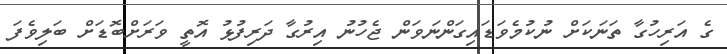
ގެ އަރިހުގާ ތަނަކަށް ނުކުމެވަޑައިގަންނަވަން ޖެހުނު އިރުގާ ދަރިފުޅު އޮތީ ވަރަށްބޮޑަށް ބަލިވެފަ